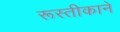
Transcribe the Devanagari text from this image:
रूस्तीकाने